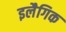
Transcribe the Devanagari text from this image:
इलैगिक